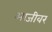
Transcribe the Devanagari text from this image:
आजीवर